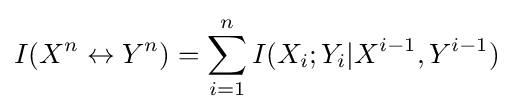
I(X^{n}\leftrightarrow Y^{n})=\sum _{i=1}^{n}I(X_{i};Y_{i}|X^{i-1},Y^{i-1})